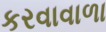
કરવાવાળા